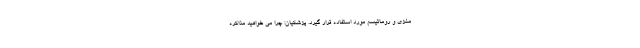
مغزی و روماتیسم مورد استفاده قرار گیرد. پزشکیان: چرا می‌ خواهید مذاکره